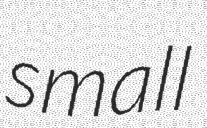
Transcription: small